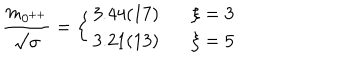
LaTeX: { \frac { m _ { 0 ^ { + + } } } { \surd \sigma } } = \left\{ \begin{array} { l l } { { 3 . 4 4 ( 1 7 ) } } & { { \ \ \ \xi = 3 } } \\ { { 3 . 2 1 ( 1 3 ) } } & { { \ \ \ \xi = 5 } } \\ \end{array} \right.